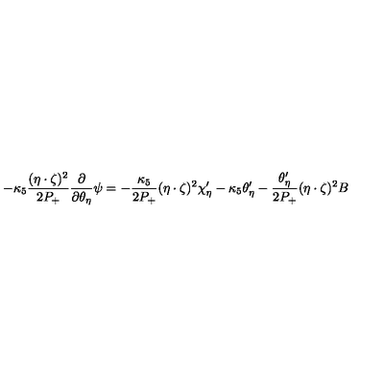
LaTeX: - \kappa _ { 5 } \frac { ( \eta \cdot \zeta ) ^ { 2 } } { 2 P _ { + } } \frac { \partial } { \partial \theta _ { \eta } } \psi = - \frac { \kappa _ { 5 } } { 2 P _ { + } } ( \eta \cdot \zeta ) ^ { 2 } \chi _ { \eta } ^ { \prime } - \kappa _ { 5 } \theta _ { \eta } ^ { \prime } - \frac { \theta _ { \eta } ^ { \prime } } { 2 P _ { + } } ( \eta \cdot \zeta ) ^ { 2 } B